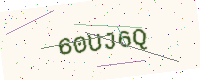
Text: 60UJ6Q